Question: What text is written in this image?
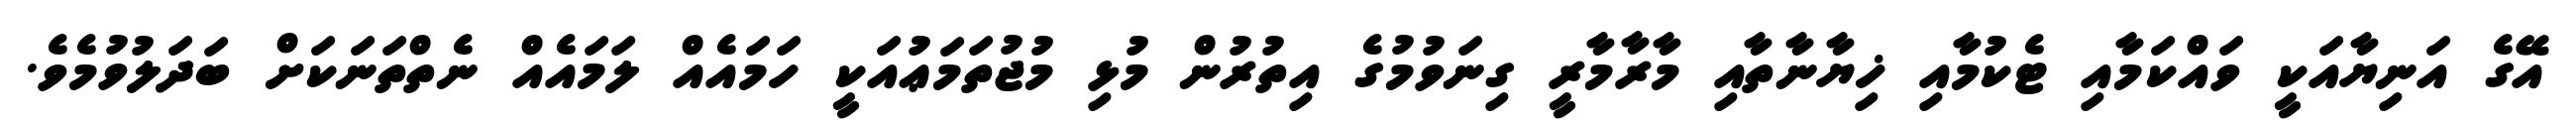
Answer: އޭގެ އަނިޔާއަކީ ވައްކަމާއި ޓެކުމާއި ޚިޔާނާތާއި މާރާމާރީ ގިނަވުމުގެ އިތުރުން މުޅި މުޖުތަމަޢުއަކީ ހަމައެއް ލަމައެއް ނެތްތަނަކަށް ބަދަލުވުމެވެ.